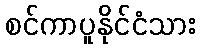
စင်ကာပူနိုင်ငံသား